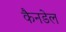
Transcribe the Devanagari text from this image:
कैनडेल